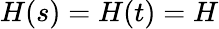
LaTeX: H(s)=H(t)=H